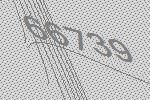
66739